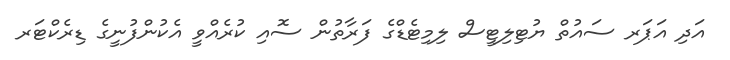
އަދި އަޕަރ ސައުތް ޔުޓިލިޓީސް ލިމިޓެޑްގެ ފަރާތުން ސޮއި ކުރެއްވީ އެކުންފުނީގެ ޑިރެކްޓަރ